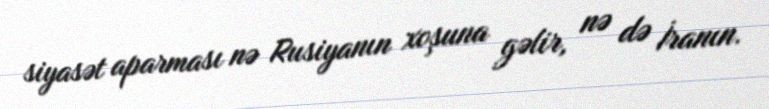
siyasət aparması nə Rusiyanın xoşuna gəlir, nə də İranın.